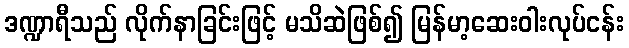
ဒဏ္ဍာရီသည် လိုက်နာခြင်းဖြင့် မသိဆဲဖြစ်၍ မြန်မာ့ဆေးဝါးလုပ်ငန်း